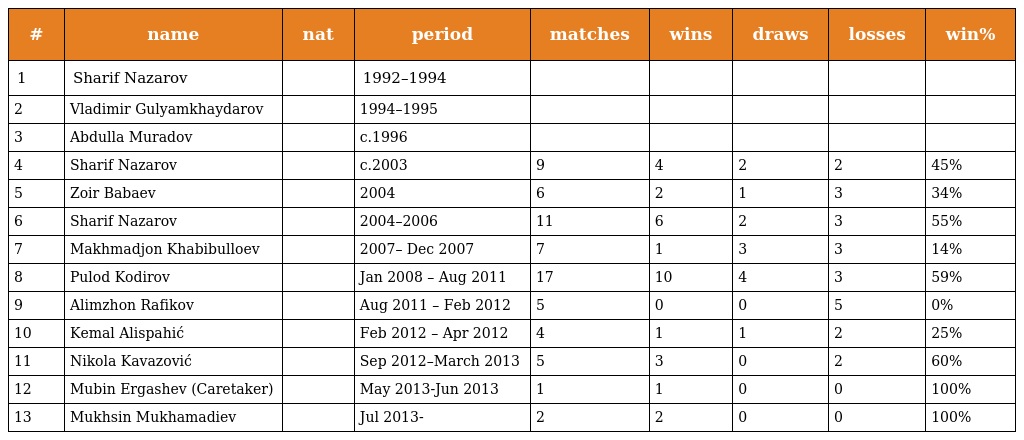
| # | name | nat | period | matches | wins | draws | losses | win% |
 | --- | --- | --- | --- | --- | --- | --- | --- | --- |
 | 1 | Sharif Nazarov |  | 1992–1994 |  |  |  |  |  |
 | 2 | Vladimir Gulyamkhaydarov |  | 1994–1995 |  |  |  |  |  |
 | 3 | Abdulla Muradov |  | c.1996 |  |  |  |  |  |
 | 4 | Sharif Nazarov |  | c.2003 | 9 | 4 | 2 | 2 | 45% |
 | 5 | Zoir Babaev |  | 2004 | 6 | 2 | 1 | 3 | 34% |
 | 6 | Sharif Nazarov |  | 2004–2006 | 11 | 6 | 2 | 3 | 55% |
 | 7 | Makhmadjon Khabibulloev |  | 2007– Dec 2007 | 7 | 1 | 3 | 3 | 14% |
 | 8 | Pulod Kodirov |  | Jan 2008 – Aug 2011 | 17 | 10 | 4 | 3 | 59% |
 | 9 | Alimzhon Rafikov |  | Aug 2011 – Feb 2012 | 5 | 0 | 0 | 5 | 0% |
 | 10 | Kemal Alispahić |  | Feb 2012 – Apr 2012 | 4 | 1 | 1 | 2 | 25% |
 | 11 | Nikola Kavazović |  | Sep 2012–March 2013 | 5 | 3 | 0 | 2 | 60% |
 | 12 | Mubin Ergashev (Caretaker) |  | May 2013-Jun 2013 | 1 | 1 | 0 | 0 | 100% |
 | 13 | Mukhsin Mukhamadiev |  | Jul 2013- | 2 | 2 | 0 | 0 | 100% |